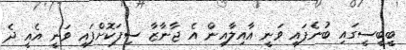
ބީބީސީގައި ބުނެފައި ވަނީ އާއިލާއިން އެ ޖާނާޒާ ސިފަކޮށްފައި ވަނީ އެއީ ދެ